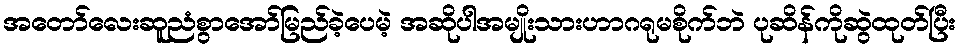
အတော်လေးဆူညံစွာအော်မြည်ခဲ့ပေမဲ့ အဆိုပါအမျိုးသားဟာဂရုမစိုက်ဘဲ ပုဆိန်ကိုဆွဲထုတ်ပြီး